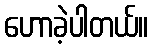
ဟောခဲ့ပါတယ်။